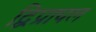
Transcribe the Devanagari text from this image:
द्विप्राचल